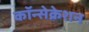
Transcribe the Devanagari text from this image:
कॉन्सेक्रेशन